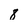
Character: 8